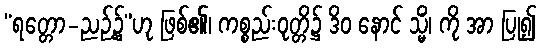
“ရတ္တော-ညဉ့်၌”ဟု ဖြစ်၏၊ ကစ္စည်းဝုတ္တိ၌ ဒိဝ နောင် သ္မိံ၊ ကို အာ ပြု၍